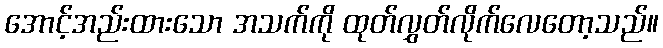
အောင့်အည်းထားသော အသက်ကို ထုတ်လွှတ်လိုက်လေတော့သည်။